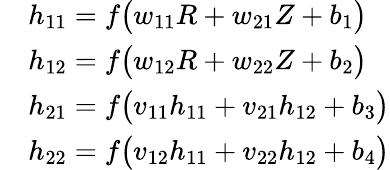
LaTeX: \begin{array}{rl}&{h_{11}=f\big(w_{11}R+w_{21}Z+b_{1}\big)}\\ &{h_{12}=f\big(w_{12}R+w_{22}Z+b_{2}\big)}\\ &{h_{21}=f\big(v_{11}h_{11}+v_{21}h_{12}+b_{3}\big)}\\ &{h_{22}=f\big(v_{12}h_{11}+v_{22}h_{12}+b_{4}\big)}\end{array}